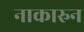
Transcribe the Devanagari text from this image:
नाकारुन